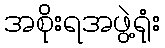
အစိုးရအဖွဲ့ရုံး